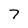
Character: 7